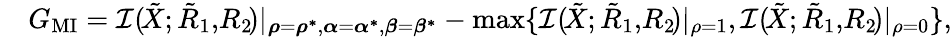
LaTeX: \begin{array}{rl}&{G_{\textrm{MI}}=\mathcal{I}(\! {{\tilde{X}}};{{{\tilde{R}}}_{1}},\! {{{R}}_{2}}\! )|_{\boldsymbol{\rho}=\boldsymbol{\rho^{*}},\boldsymbol{\alpha}=\boldsymbol{\alpha^{*}},\boldsymbol{\beta}=\boldsymbol{\beta^{*}}}-\operatorname*{max}\{ \mathcal{I}(\! {{\tilde{X}}};{{{\tilde{R}}}_{1}},\! {{{R}}_{2}}\! )|_{\rho=1},\mathcal{I}(\! {{\tilde{X}}};{{{\tilde{R}}}_{1}},\! {{{R}}_{2}}\! )|_{\rho=0}\} ,}\end{array}